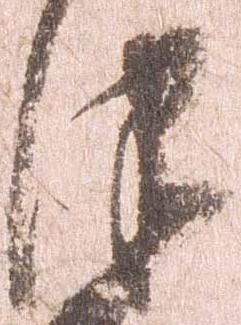
津